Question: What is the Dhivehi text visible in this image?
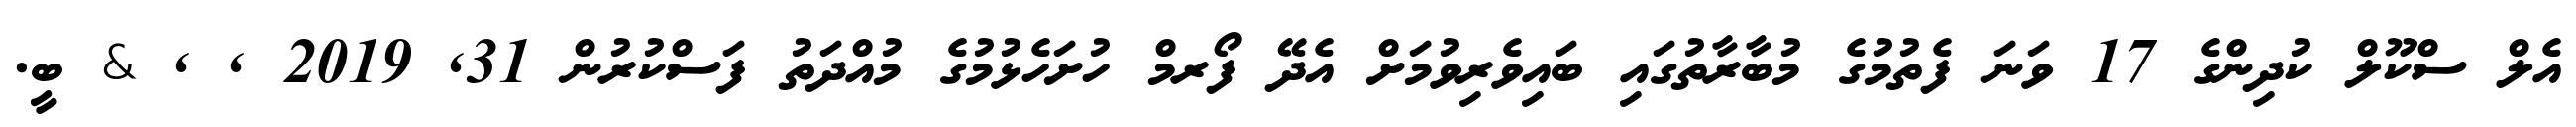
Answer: އެލް ސްކޫލް ކުދިންގެ 17 ވަނަ ފެތުމުގެ މުބާރާތުގައި ބައިވެރިވުމަށް އެދޭ ފޯރމް ހުށަހެޅުމުގެ މުއްދަތު ފަސްކުރުން 31, 2019 , , & ބީ.